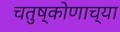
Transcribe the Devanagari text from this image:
चतुष्कोणाच्या